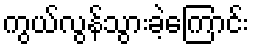
ကွယ်လွန်သွားခဲ့ကြောင်း